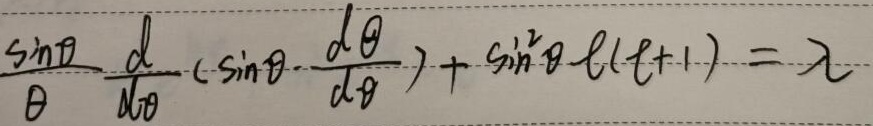
\(\frac{\sin\theta}{\theta}\frac{d}{d\theta}\left(\sin\theta\frac{d\theta}{d\theta}\right)+\sin^{2}\theta\ell(\ell + 1)=\lambda\)